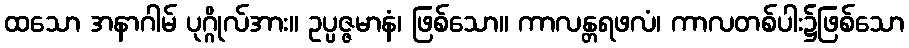
ထသော အနာဂါမ် ပုဂ္ဂိုလ်အား။ ဥပ္ပဇ္ဇမာနံ၊ ဖြစ်သော။ ကာလန္တရဖလံ၊ ကာလတစ်ပါး၌ဖြစ်သော